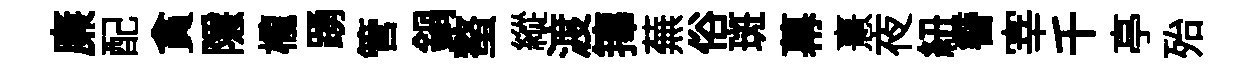
廉配貪隱櫳踴管鍋螯縱渡籜蕪俗斑幕憙夜紐簪宰千亭殆